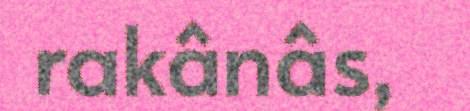
rakânâs,